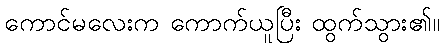
ကောင်မလေးက ကောက်ယူပြီး ထွက်သွား၏။